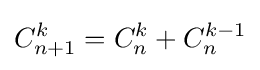
C_{n+1}^{k}=C_{n}^{k}+C_{n}^{k-1}